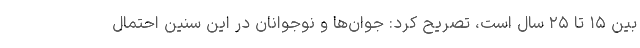
بین ۱۵ تا ۲۵ سال است، تصریح کرد: جوان‌ها و نوجوانان در این سنین احتمال